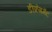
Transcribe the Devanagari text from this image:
डीफ्रेगमेंट